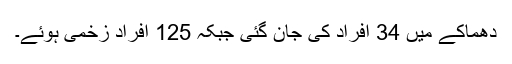
دھماکے میں 34 افراد کی جان گئی جبکہ 125 افراد زخمی ہوئے۔